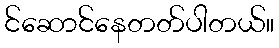
င်ဆောင်နေတတ်ပါတယ်။